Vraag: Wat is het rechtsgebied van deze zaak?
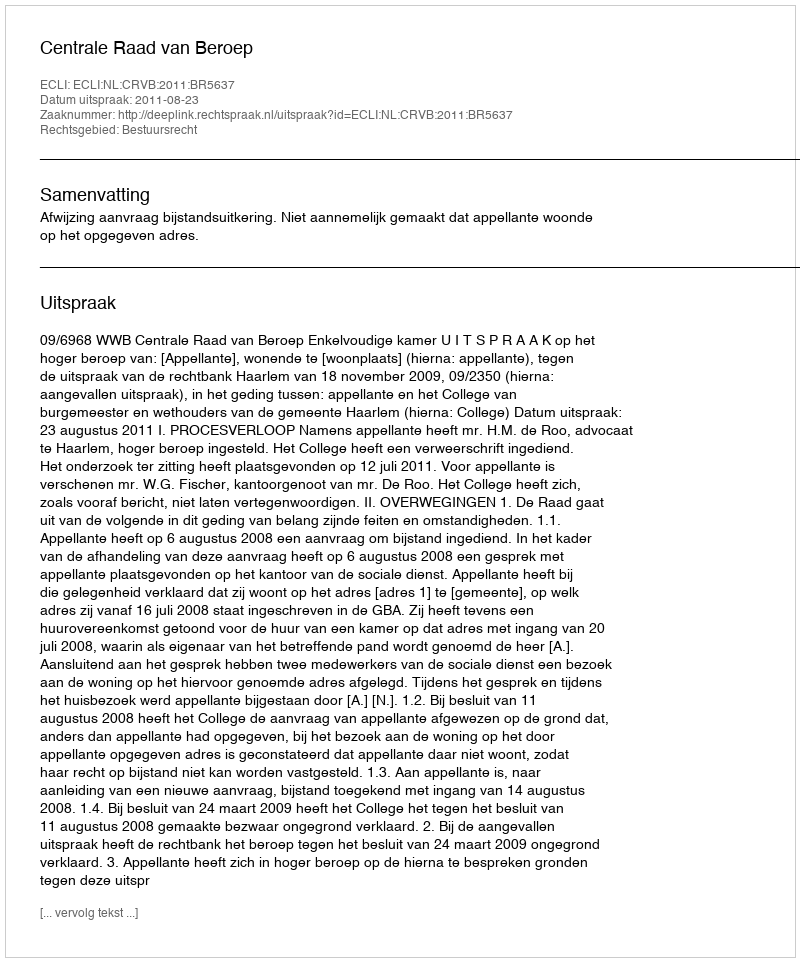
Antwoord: Bestuursrecht